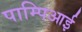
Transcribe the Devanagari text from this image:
पाम्पिआई